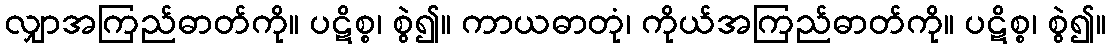
လျှာအကြည်ဓာတ်ကို။ ပဋိစ္စ၊ စွဲ၍။ ကာယဓာတုံ၊ ကိုယ်အကြည်ဓာတ်ကို။ ပဋိစ္စ၊ စွဲ၍။